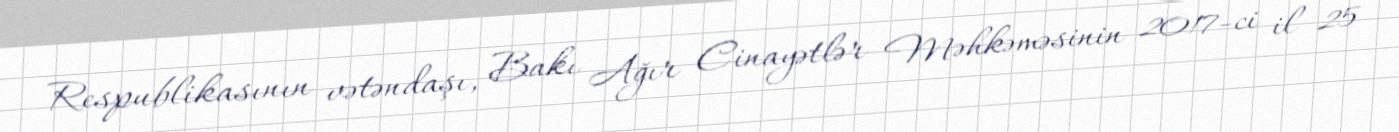
Respublikasının vətəndaşı, Bakı Ağır Cinayətlər Məhkəməsinin 2017-ci il 25